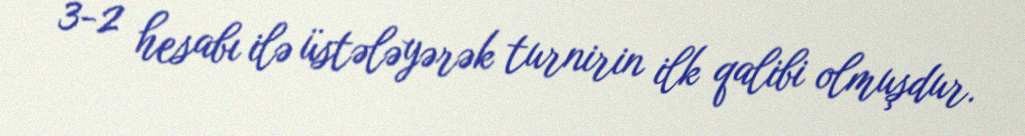
3-2 hesabı ilə üstələyərək turnirin ilk qalibi olmuşdur.